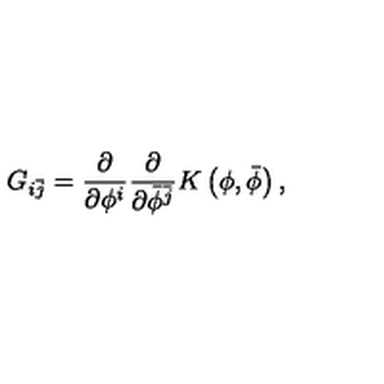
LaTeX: G _ { i \bar { j } } = \frac { \partial } { \partial \phi ^ { i } } \frac { \partial } { \partial \bar { \phi } ^ { \bar { j } } } K \left( \phi , \bar { \phi } \right) ,